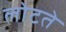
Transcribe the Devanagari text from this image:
लोटते